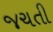
જચતી